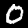
Label: 0